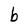
Character: b